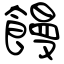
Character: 饅